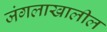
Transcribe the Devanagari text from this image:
जंगलाखालील